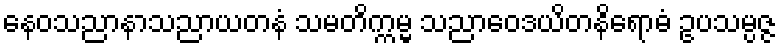
နေဝသညာနာသညာယတနံ သမတိက္ကမ္မ သညာဝေဒယိတနိရောဓံ ဥပသမ္ပဇ္ဇ